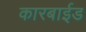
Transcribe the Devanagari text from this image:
कारबाईड